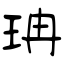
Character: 珃